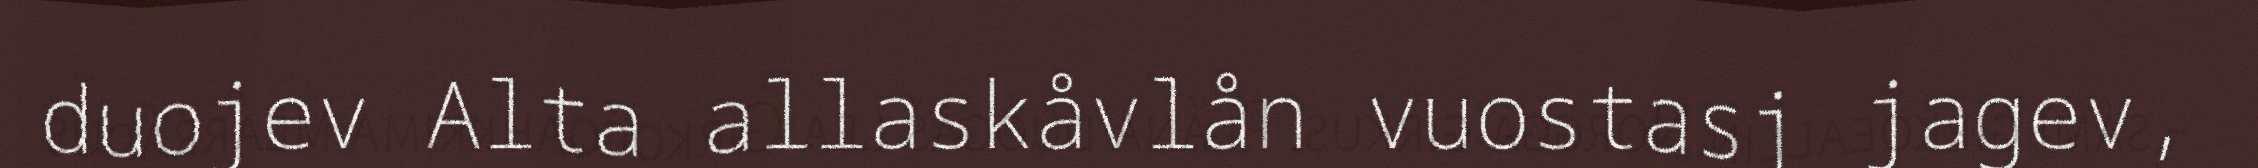
duojev Alta allaskåvlån vuostasj jagev,